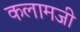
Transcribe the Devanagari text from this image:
कलामजी